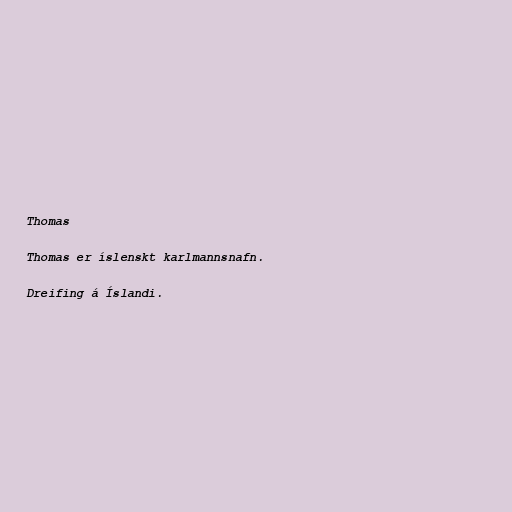
Thomas

Thomas er íslenskt karlmannsnafn.

Dreifing á Íslandi.